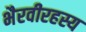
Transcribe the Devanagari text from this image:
भैरवीरहस्य